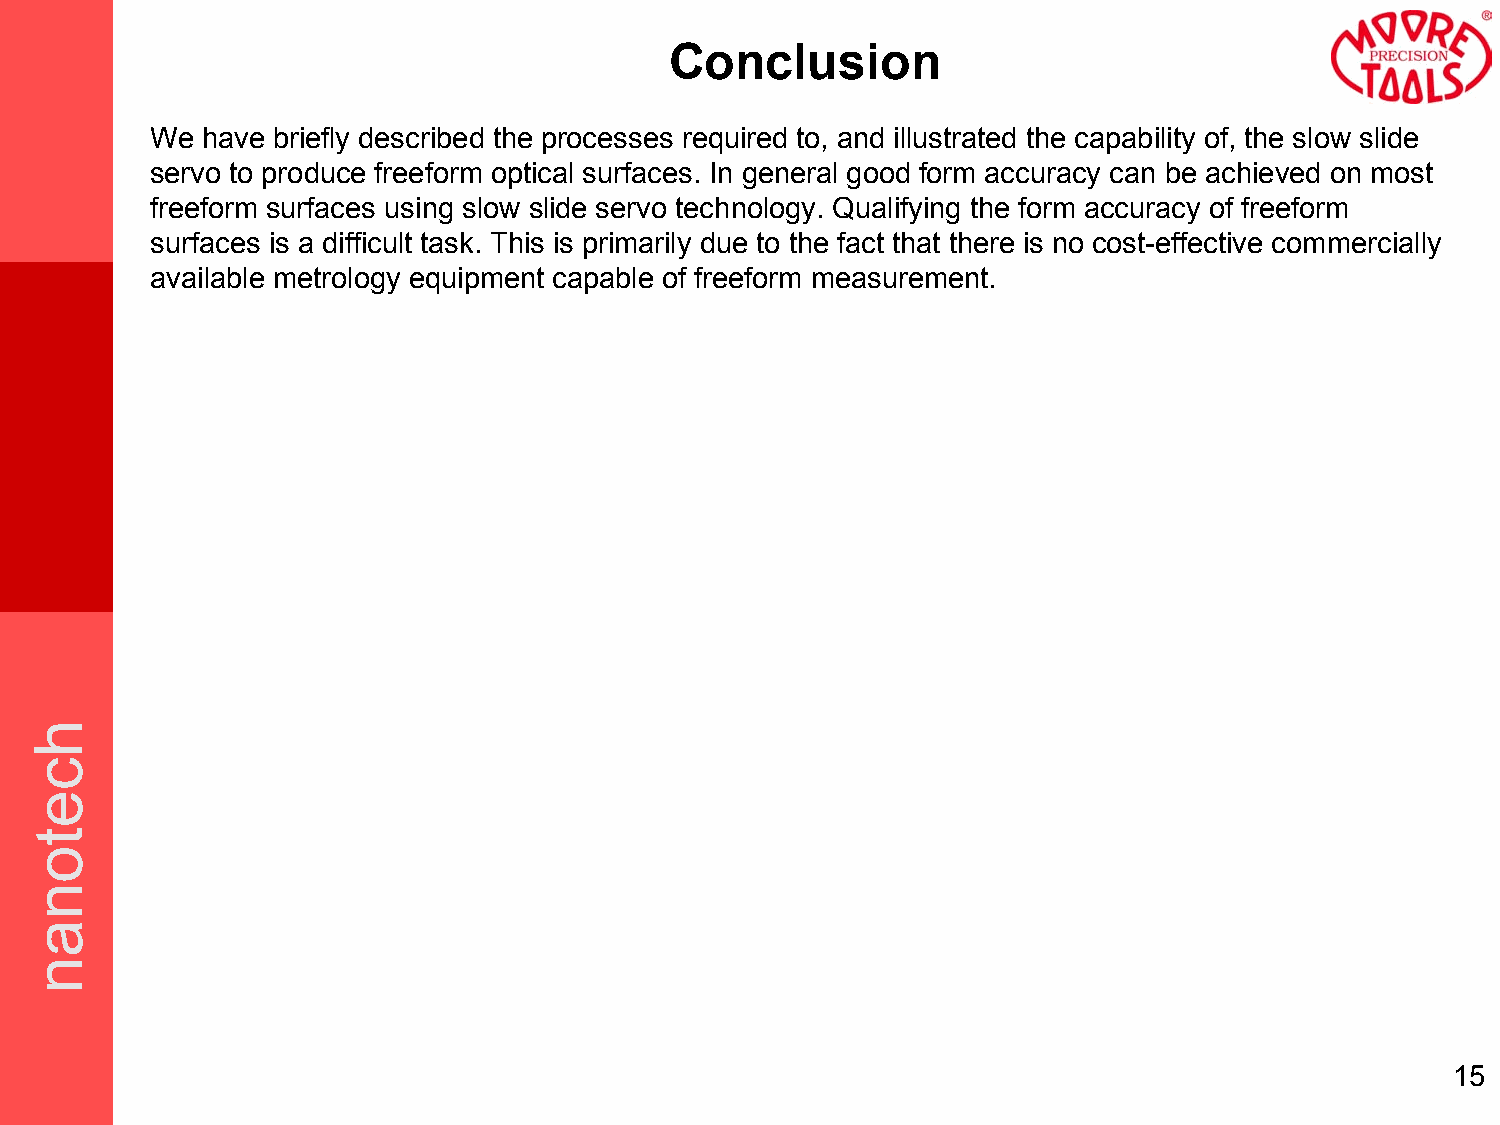
Conclusion
 We have briefly described the processes required to, and illustrated the capability of, the slow slide
 servo to produce freeform optical surfaces. In general good form accuracy can be achieved on most
 freeform surfaces using slow slide servo technology. Qualifying the form accuracy of freeform
 surfaces is a difficult task. This is primarily due to the fact that there is no cost-effective commercially
 available metrology equipment capable of freeform measurement.
 15
 hcetonan